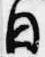
日